Vaccination in Bombay 1874-1876 - 1874-1876
Year: 1874
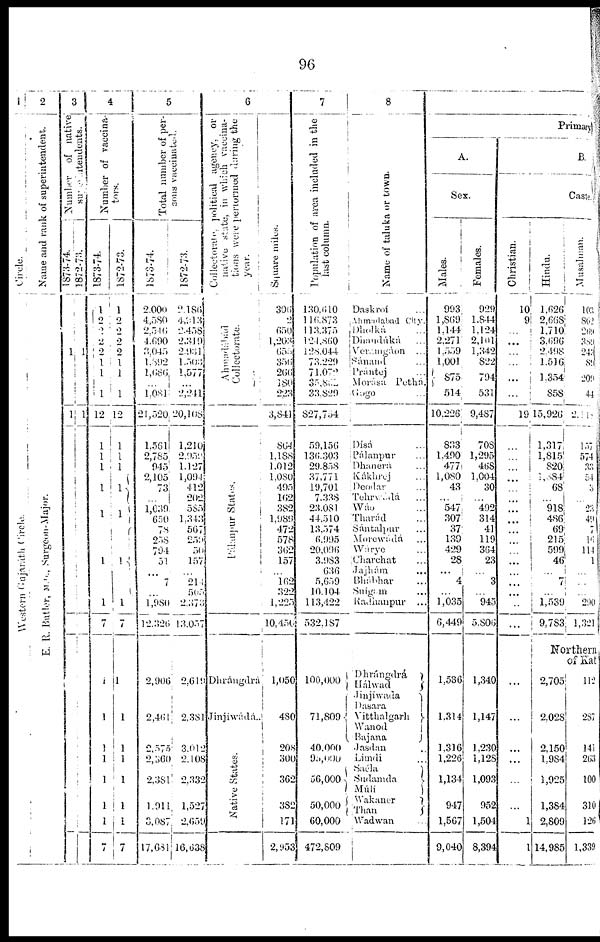
96
1
Circle.
Western Gujarath Circle.
2
Name and rank of superintendent.
E, R, Butler, M,D, Surgeon-Major.
3
Number
of native,
superintendent.
1873-74.
1
1
1872-73.
1
1
4
Number of vaccina-
tors.
1873-74.
1
2
2
2
2
1 1
1
12
1
1
1
1
1
1
1
7
1
1
1
1
1
1
1
7
1872-73.
1
2
2
2
2
1
1
1
12
1
1
1
1
1
1
1
7
1
1
1
1
1
1
1
7
5
Total number of per-
sons vaccinated.
1873-74.
2,000
4,580
2,546
4,690
3,045
l,892
1,686 ...
1,081
21,520
1,561
2,785
945
2,105
73
...
1,039
650
78
258
794
51
...
7
...
1, 980
12,326
2,906
2,461
2,575
2,360
2,381
1,911
3,087
17,681
1872-73.
2,186
4,913
2,458
2,319
2,931
1,503
1,577
...
2,241
20,108
1,210
2,959
1,127
1,094
412
202
585
1,343
567
259
50
157
...
214
505
2,373
13,057
2,619
2,381
3,012
2,108
2,332
1,527
2,659
16,638
6
Collectorate, political agency. or
native state, in which vaccina-
tions were performed during the
year.
Ahmadabad Collectorate.
Palanpur Slates.
Dhrángdrá
Jinjiwádá..
Native States,
Square miles.
306
2
650
1,203
655
356
266
180
223
3,841
864
1,188
1,012
1,080
495
162
382
1,989
472
578
362
157
...
162
322
1,225
10,450
1,050
480
208
300
362
382
171
2,953
7
Population of area included in the
last
column.
130,610
116,873
113,375
124,860
128,044
73,229
71,072
35,862
33,829
827,754
59,156
136,303
29,858
37,771
19,701
7,338
23,081
44,510
13,574
6,995
20,096
3,983
636
5,659
10,104
113,422
532,187
100,000
71,809
40,000
95,000
56,000
50,000
60,000
472,809
8
Name of taluka or town.
Daskroí ...
Ahmadabad
City.
Dholká ...
Dhánduká ...
Veramgáon ...
Sánánd ...
Prántej ...
Morásá
Petha.
Gogo ...
Dísá ...
Pálanpur ...
Dhanerá ...
Kákhrej ...
Deodar ...
Tehrwada ...
Wáo ...
Tharád ...
Sántalpur ...
Morewádá ...
Wárye ...
Charchat ...
Jajhám ...
Bhábhar ...
Suígam ...
Radhanpur
...
Dhrángdrá
Hálwad
Jinjíwada
Dasara
Vitthalgarh
Wanod
Bajana
Jasdan ..
Limdi ...
Saéla
Sudamda
Múlí
Wakaner
Than
Wadwan ...
Primary
A.
Sex.
Males.
993
1,869
1,144
2,271
1,559
1,001
875
514
10,226
833
1,490
477
1,080
43
...
547
307
37
139
429
28
...
4
...
1,035
6,449
1,536
1,314
1,316
1,226
1,134
947
1,567
9,040
Females.
929
1,844
1,124
2,101
1,342
822
794
531
9,487
708
1,295
468
1,004
30
...
492
314
41
119
364
23
...
3
...
945
5,806
1,340
1,147
1,230
1,128
1,093
952
1,504
8,394
B.
Caste.
Christian.
10
9
...
...
...
...
...
...
19
...
...
...
...
...
...
...
...
...
...
...
...
...
...
...
...
...
Hindu.
1,626
2,668
1,710
3,696
2,498
1,516
1,354
858
15,926
1,317
1,815
820
1,084
68
...
918
486
69
215
599
46
...
7
...
1,539
9,783
Musalman.
10
862
269
389
243
89
209
44
2,11
157
574
33
54
3
...
23
49
7
16
114
1
...
...
...
290
1,321
Northern
of Kat
...
...
...
...
...
...
1
1
2,705
2,028
2,150
1,984
1,925
1,384
2,809
14,985
112
287
141
263
100
310
126
1,339